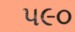
પ૯૦